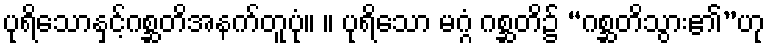
ပုရိသောနှင့်ဂစ္ဆတိအနက်တူပုံ။ ။ ပုရိသော မဂ္ဂံ ဂစ္ဆတိ၌ “ဂစ္ဆတိသွား၏”ဟု